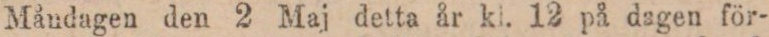
Måndagen den 2 Maj detta år kl. 12 på dagen för-